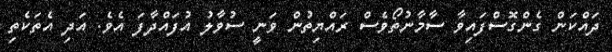
ދައްކަން ގެންގޮސްފައިވާ ސާމާނުތޯވެސް ރައްޔިތުން ވަނީ ސުވާލު އުފައްދާފަ އެވެ. އަދި އެތަކެތި